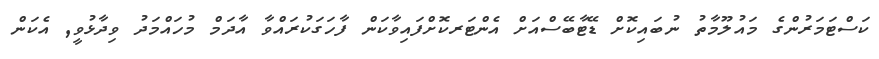
ކަސްޓަމަރުންގެ މައުލޫމާތު ނުބައިކޮށް ޑޭޓާބޭސްއަށް އެންޓަރކޮށްފައިވާކަން ފާހަގަކުރައްވާ އާދަމް މުހައްމަދު ވިދާޅުވީ